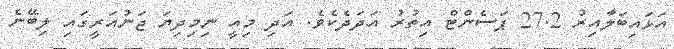
އަޅައިބަލާއިރު 27.2 ޕަސެންޓް އިތުރު އަދަދެކެވެ. އަދި މިއީ ނިމިދިޔަ ޖަނުއަރީގައި ލިބޭނެ